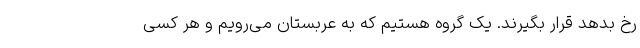
رخ بدهد قرار بگیرند. یک گروه هستیم که به عربستان می‌رویم و هر کسی